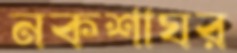
নকশাঘর